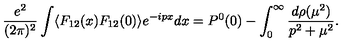
\frac { e ^ { 2 } } { ( 2 \pi ) ^ { 2 } } \int \langle F _ { 1 2 } ( x ) F _ { 1 2 } ( 0 ) \rangle e ^ { - i p x } d x = P ^ { 0 } ( 0 ) - \int _ { 0 } ^ { \infty } \frac { d \rho ( \mu ^ { 2 } ) } { p ^ { 2 } + \mu ^ { 2 } } .